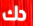
دك